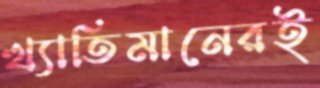
খ্যাতিমানেরই